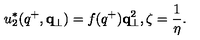
u _ { 2 } ^ { * } ( q ^ { + } , { \bf q } _ { \perp } ) = f ( q ^ { + } ) { \bf q } _ { \perp } ^ { 2 } , \zeta = { \frac { 1 } { \eta } } .